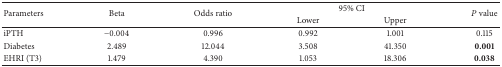
| <ROWSPAN=2> Parameters | <ROWSPAN=2> Beta | <ROWSPAN=2> Odds ratio | <COLSPAN=2> 95% CI | <ROWSPAN=2> P value |
 | Lower | Upper |
 | --- | --- | --- | --- | --- | --- |
 | iPTH | −0.004 | 0.996 | 0.992 | 1.001 | 0.115 |
 | Diabetes | 2.489 | 12.044 | 3.508 | 41.350 | 0.001 |
 | EHRI (T3) | 1.479 | 4.390 | 1.053 | 18.306 | 0.038 |